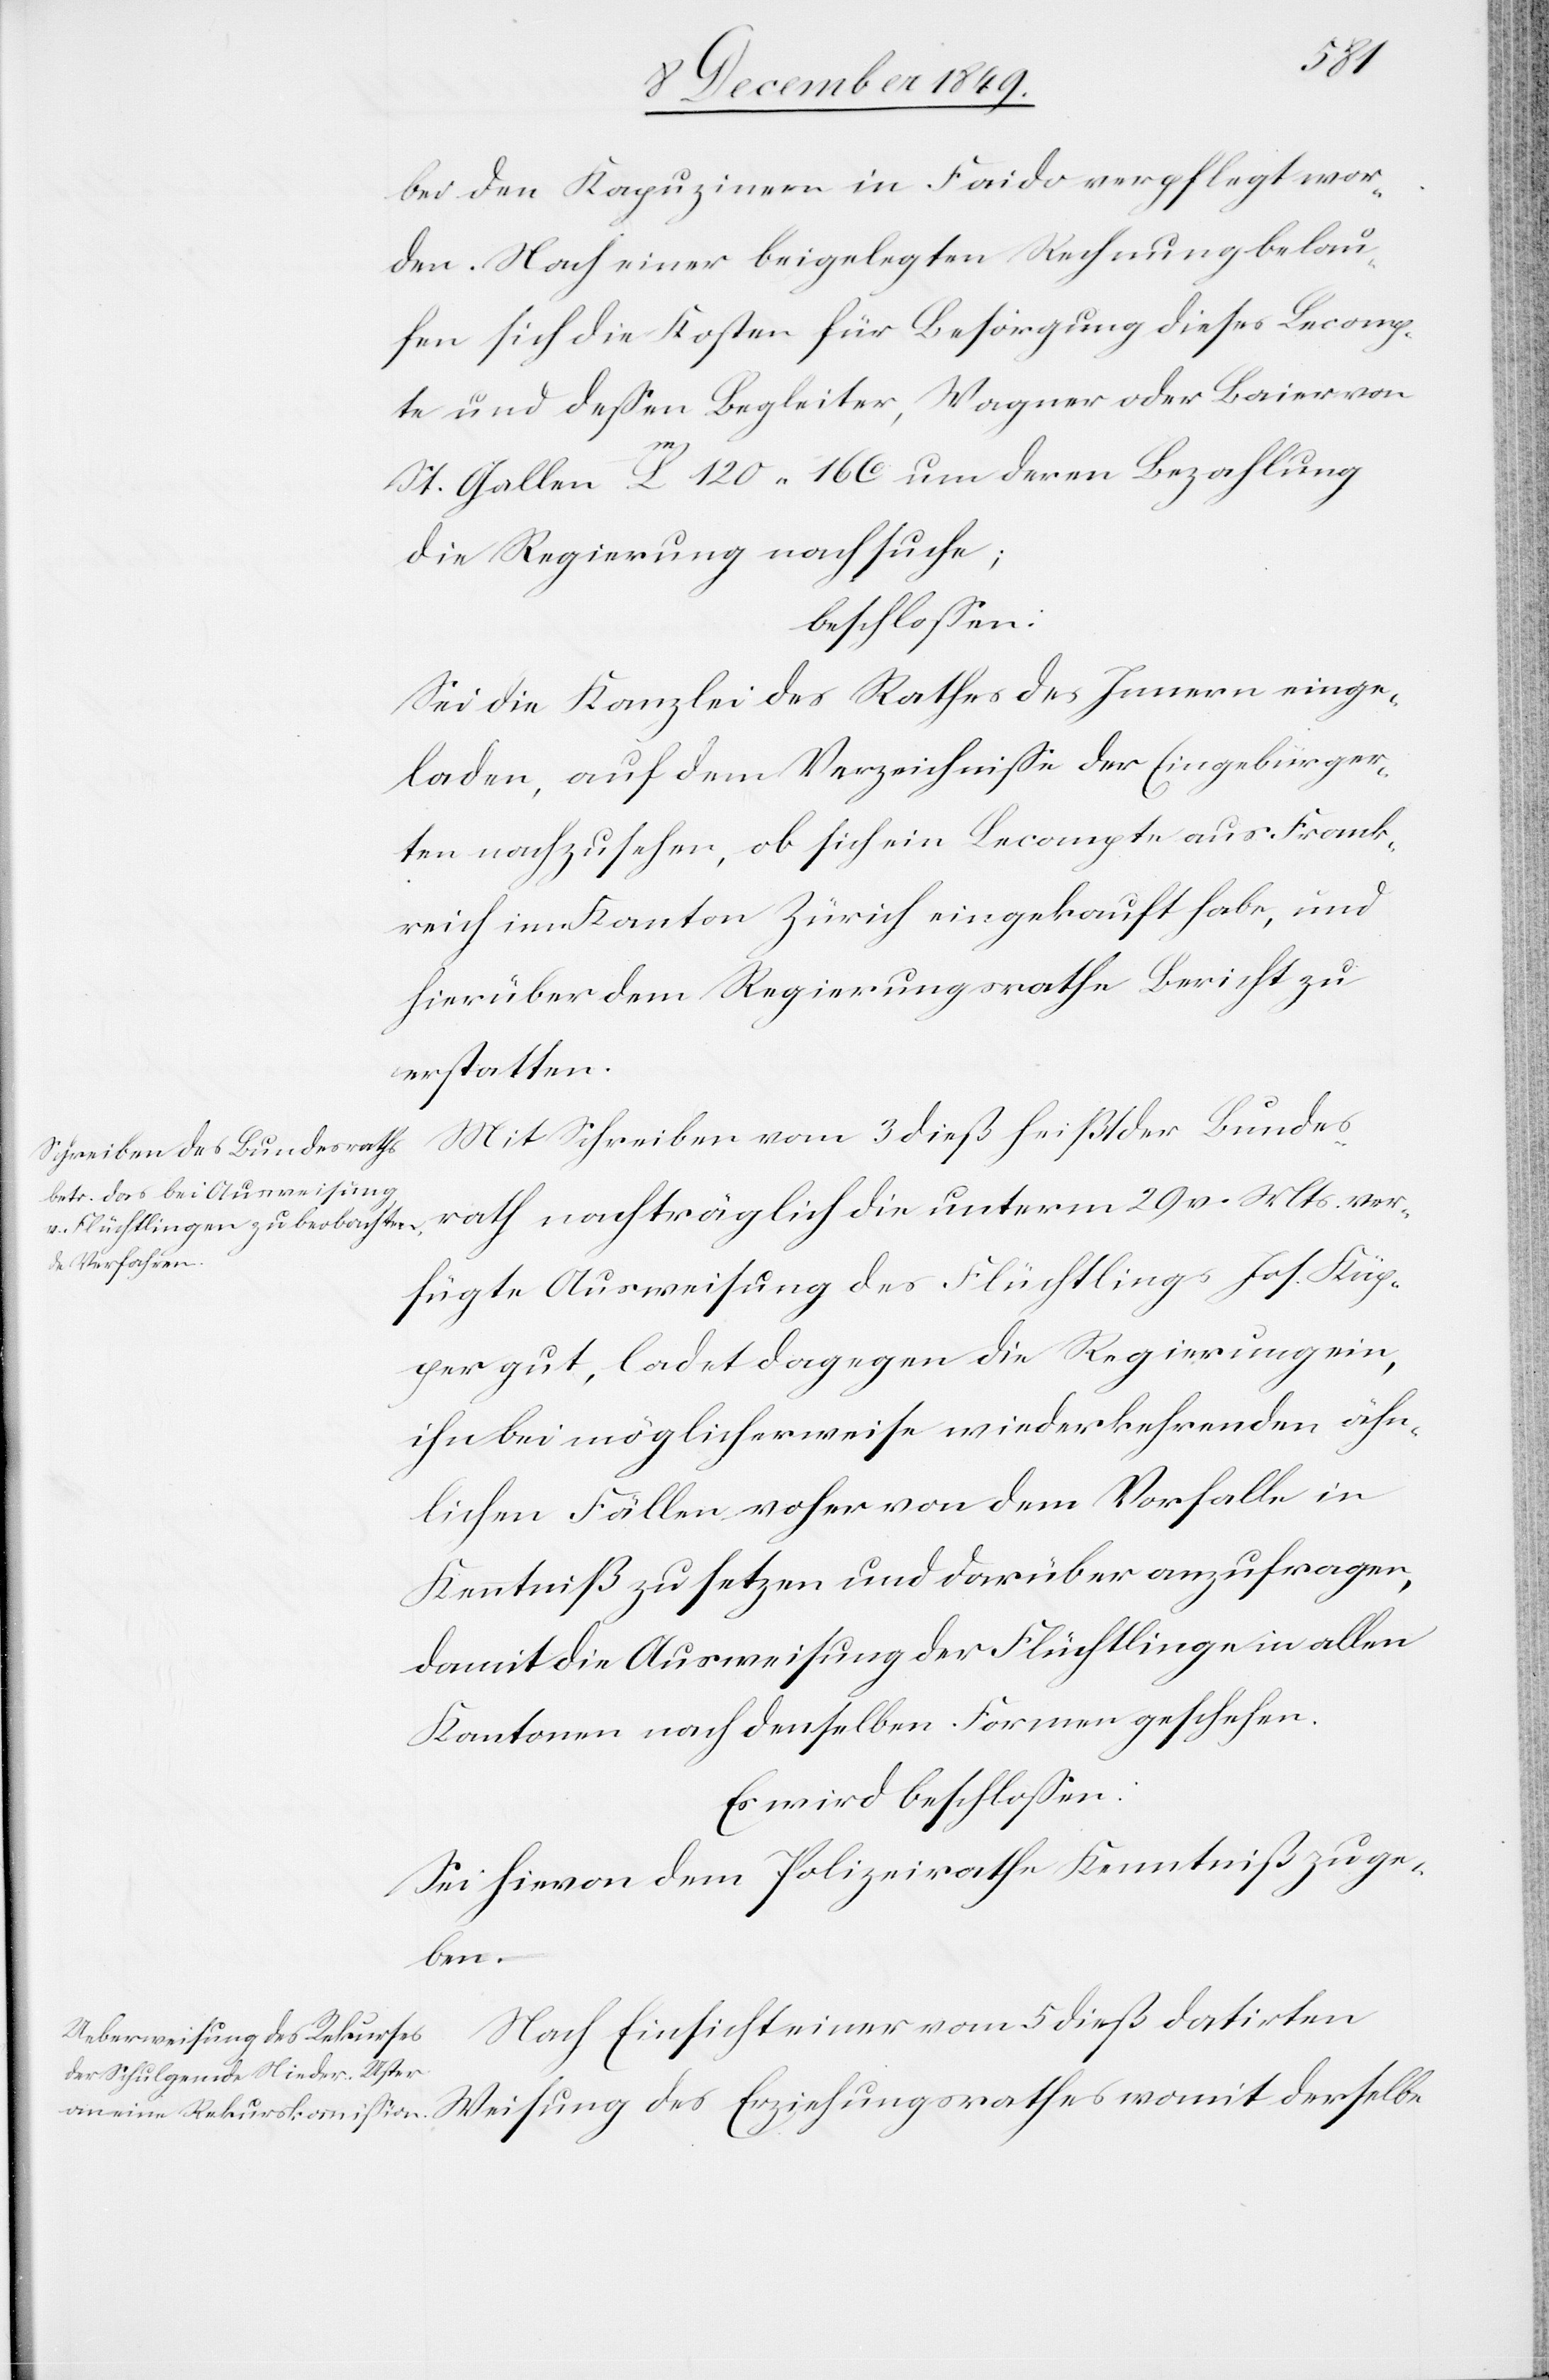
womit
bei den Kapuzinern in Faido verpflegt wor¬
den. Nach einer beigelegten Rechnung belau¬
fen sich die Kosten für die Besorgung dieses Lecomp¬
te und deßen Begleiter, Wagner oder Baier von
St. Gallen L(?) 120 16 C um deren Bezahlung
die Regierung nachsuche;
beschloßen:
Sei die Kanzlei des Rathes des Innern einge¬
laden, auf dem Verzeichniße der Eingebürger¬
ten nachzusehen, ob sich ein Lecompte aus Frank¬
reich im Kanton Zürich eingekauft habe, und
hierüber dem Regierungsrathe Bericht zu
erstatten.
Mit Schreiben vom 3 dieß heißt der Bundes¬
rath nachträglich die unterm 29 v. Mts. ver¬
fügte Ausweisung des Flüchtlings Jos. Käg¬
er gut, ladet dagegen die Regierung ein,
ihn bei möglicherweise wiederkehrenden ähn¬
lichen Fällen voher [sic!] von dem Vorfalle in
Kenntniß zu setzen und darüber anzufragen,
damit die Ausweisung der Flüchtlinge in allen
Kantonen nach denselben Formen geschehen.
Es wird beschloßen:
Sei hievon dem Regierungsrathe Kenntniß zu ge¬
ben.
Nach Einsicht einer vom 5 dieß datirten